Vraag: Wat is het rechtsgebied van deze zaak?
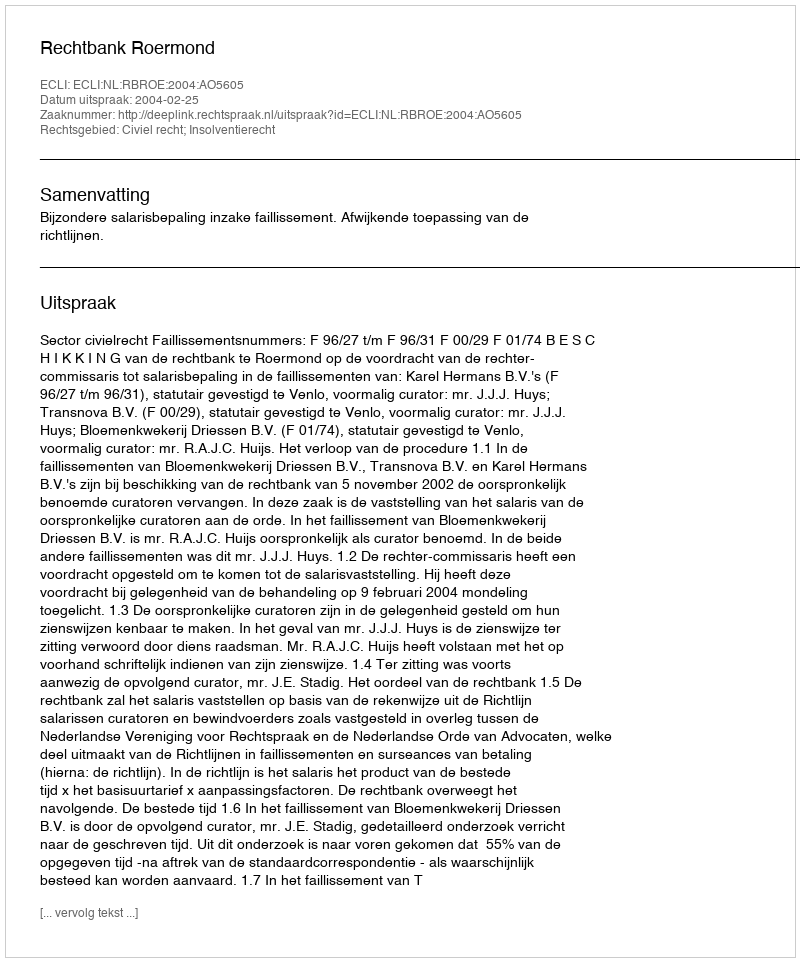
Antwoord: Civiel recht; Insolventierecht